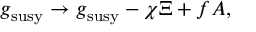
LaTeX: g \L _ { \mathrm { s u s y } } \to g \L _ { \mathrm { s u s y } } - \chi \Xi + f A ,